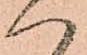
ハ